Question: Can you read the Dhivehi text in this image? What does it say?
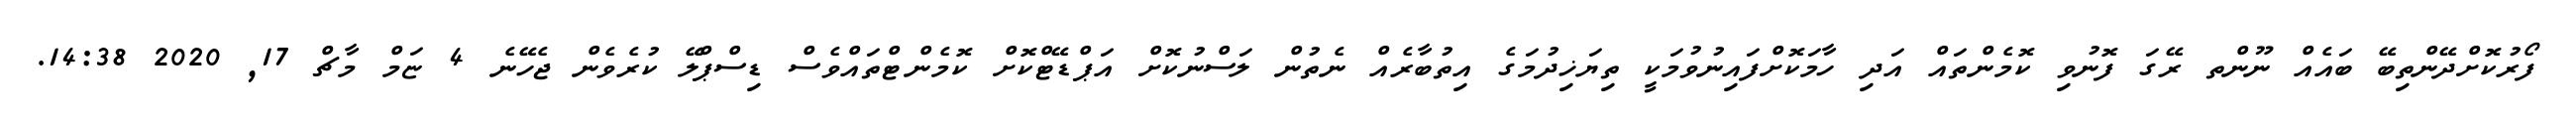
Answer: ފޯރުކޮށްދޭންތިބޭ ބައެއް ނޫންތ ރޭގަ ފޮނުވި ކޮމެންތައް އަދި ހާމަކޮށްފައިނުވުމަކީ ތިޔަޚިދުމަގެ އިތުބާރެއް ނެތުން ލަސްނުކޮށް އަޕްޑޭޓްކޮށް ކޮމެންޓްތައްވެސް ޑިސްޕްލޭ ކުރެވެން ޖެހޭނެ 4 ޏަމް މާޗް 17, 2020 14:38.